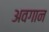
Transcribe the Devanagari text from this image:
अवगान